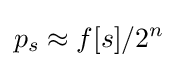
p_{s}\approx f[s]/2^{n}